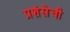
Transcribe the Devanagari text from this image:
प्रशंसेची